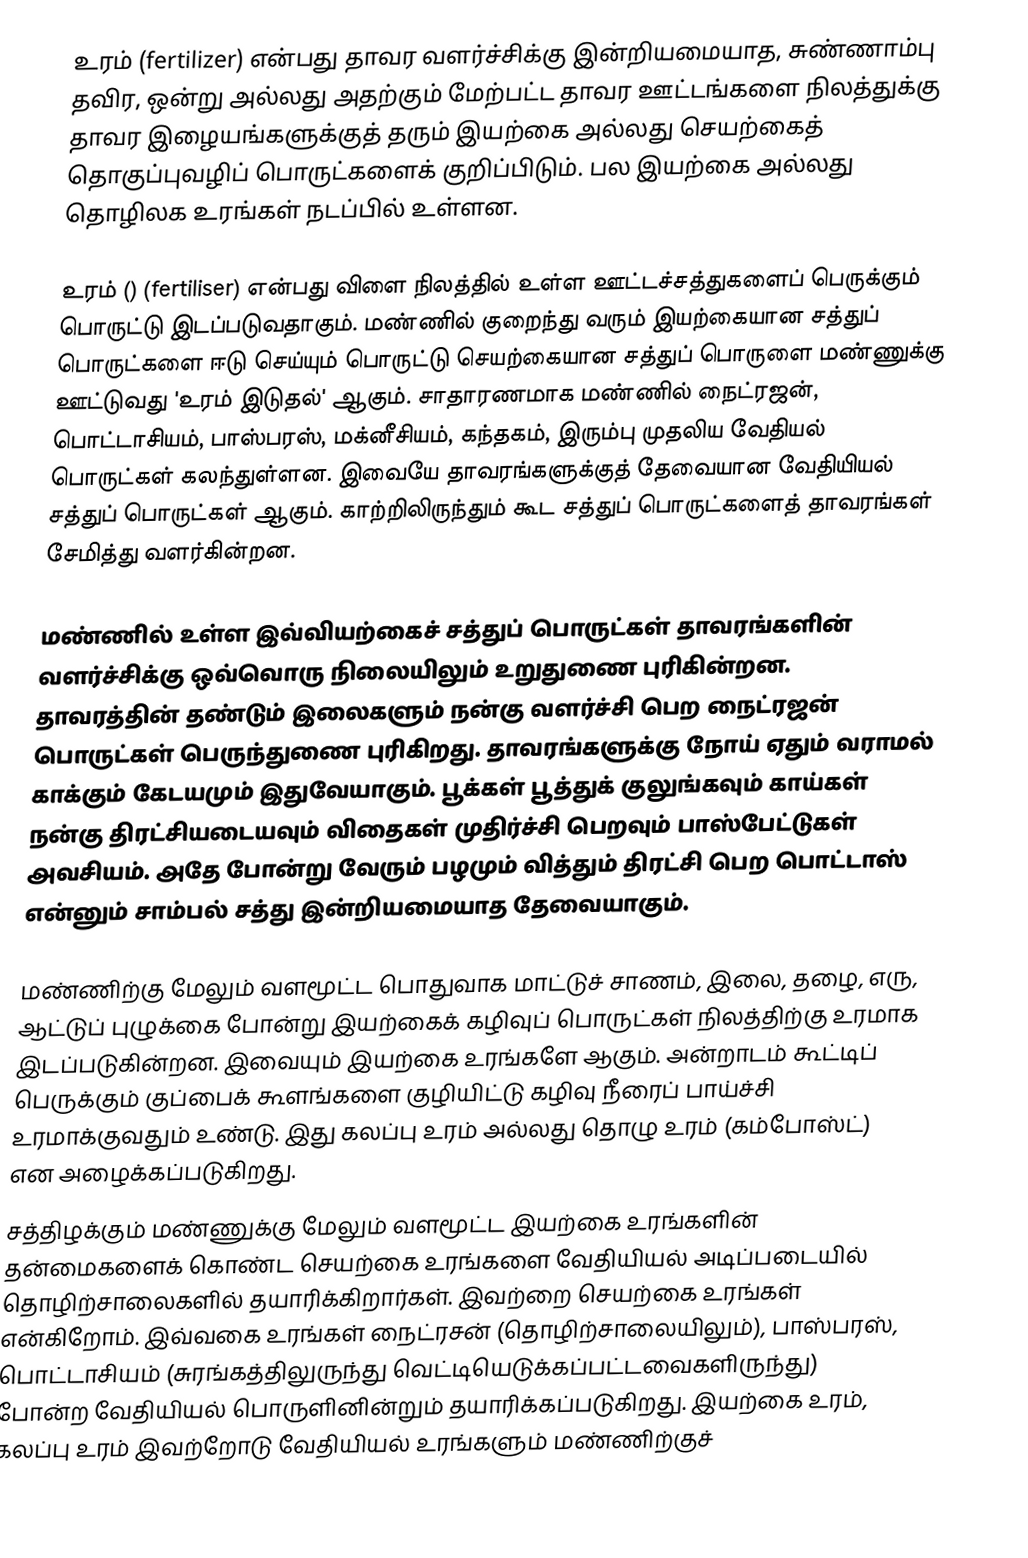
உரம் (fertilizer)  என்பது தாவர வளர்ச்சிக்கு இன்றியமையாத, சுண்ணாம்பு தவிர, ஒன்று அல்லது அதற்கும் மேற்பட்ட தாவர ஊட்டங்களை  நிலத்துக்கு தாவர இழையங்களுக்குத் தரும் இயற்கை அல்லது செயற்கைத் தொகுப்புவழிப் பொருட்களைக் குறிப்பிடும். பல இயற்கை அல்லது தொழிலக உரங்கள் நடப்பில் உள்ளன.

உரம்  () (fertiliser) என்பது விளை நிலத்தில் உள்ள ஊட்டச்சத்துகளைப் பெருக்கும் பொருட்டு இடப்படுவதாகும். மண்ணில் குறைந்து வரும் இயற்கையான சத்துப் பொருட்களை ஈடு செய்யும் பொருட்டு செயற்கையான சத்துப் பொருளை மண்ணுக்கு ஊட்டுவது 'உரம் இடுதல்' ஆகும். சாதாரணமாக மண்ணில் நைட்ரஜன், பொட்டாசியம், பாஸ்பரஸ், மக்னீசியம், கந்தகம், இரும்பு முதலிய வேதியல் பொருட்கள் கலந்துள்ளன. இவையே தாவரங்களுக்குத் தேவையான வேதியியல்  சத்துப் பொருட்கள் ஆகும். காற்றிலிருந்தும் கூட சத்துப் பொருட்களைத் தாவரங்கள் சேமித்து வளர்கின்றன.

மண்ணில் உள்ள இவ்வியற்கைச் சத்துப் பொருட்கள் தாவரங்களின் வளர்ச்சிக்கு ஒவ்வொரு நிலையிலும் உறுதுணை புரிகின்றன. தாவரத்தின் தண்டும் இலைகளும் நன்கு வளர்ச்சி பெற நைட்ரஜன் பொருட்கள் பெருந்துணை புரிகிறது. தாவரங்களுக்கு நோய் ஏதும் வராமல் காக்கும் கேடயமும் இதுவேயாகும். பூக்கள் பூத்துக் குலுங்கவும் காய்கள் நன்கு திரட்சியடையவும் விதைகள் முதிர்ச்சி பெறவும் பாஸ்பேட்டுகள் அவசியம். அதே போன்று வேரும் பழமும் வித்தும் திரட்சி பெற பொட்டாஸ் என்னும் சாம்பல் சத்து இன்றியமையாத தேவையாகும்.

மண்ணிற்கு மேலும் வளமூட்ட பொதுவாக மாட்டுச் சாணம், இலை, தழை, எரு, ஆட்டுப் புழுக்கை போன்று இயற்கைக் கழிவுப் பொருட்கள் நிலத்திற்கு உரமாக  இடப்படுகின்றன. இவையும் இயற்கை உரங்களே ஆகும். அன்றாடம் கூட்டிப் பெருக்கும் குப்பைக் கூளங்களை குழியிட்டு கழிவு நீரைப் பாய்ச்சி உரமாக்குவதும் உண்டு. இது கலப்பு உரம் அல்லது தொழு உரம் (கம்போஸ்ட்) என அழைக்கப்படுகிறது.
சத்திழக்கும் மண்ணுக்கு மேலும் வளமூட்ட இயற்கை உரங்களின் தன்மைகளைக் கொண்ட செயற்கை உரங்களை வேதியியல் அடிப்படையில் தொழிற்சாலைகளில் தயாரிக்கிறார்கள். இவற்றை செயற்கை உரங்கள் என்கிறோம். இவ்வகை உரங்கள் நைட்ரசன் (தொழிற்சாலையிலும்), பாஸ்பரஸ், பொட்டாசியம் (சுரங்கத்திலுருந்து வெட்டியெடுக்கப்பட்டவைகளிருந்து) போன்ற வேதியியல் பொருளினின்றும் தயாரிக்கப்படுகிறது. இயற்கை உரம், கலப்பு உரம் இவற்றோடு வேதியியல் உரங்களும் மண்ணிற்குச்